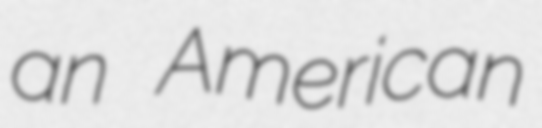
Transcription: an American